Vaccination in Bombay 1902-1912 - 1902-1912
Year: 1902
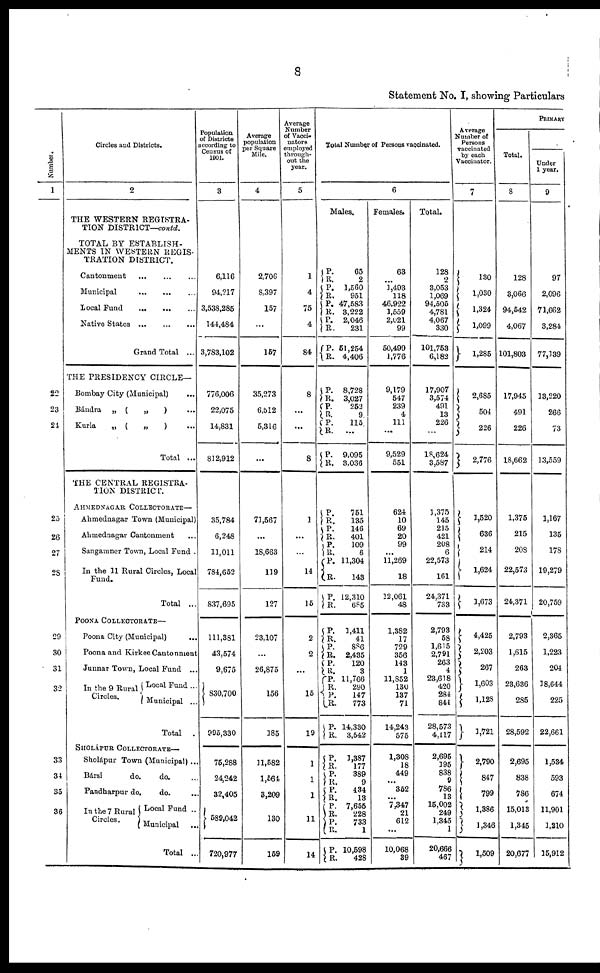
8
Statement No. I, showing Particulars
Number.
1
22
23
24
25
26
27
28
29
30
31
32
33
34
35
36
Circles and Districts.
2
THE WESTERN REGISTRA-
TION DISTRICT—contd.
TOTAL BY ESTABLISH-
MENTS IN WESTERN REGIS-
TRATION DISTRICT.
Cantonment
... ... ...
Municipal
...
...
...
Local Fund
...
...
...
Native
States...
...
...
Grand Total ...
THE PRESIDENCY CIRCLE—
Bombay City (Municipal)
...
Bándra „ (
„
) ...
Kurla
„ (
„
) ...
Total ...
THE CENTRAL REGISTRA-
TION DISTRICT.
AHMEDNAGAR COLLECTORATE—
Ahmednagar Town (Municipal)
Ahmednagar Cantonment ...
Sangamner Town, Local Fund .
In the 11 Rural Circles, Local
Fund.
Total ...
POONA COLLECTORATE—
Poona City (Municipal) ...
Poona and Kirkee Cantonment
Junnar Town, Local Fund ...
In the 9 Rural
Circles.
Local Fund ...
Municipal ...
Total .
SHOLÁPUR COLLECTORATE—
Sholápur Town (Municipal) ...
Bársi
do.
do. ...
Pandharpur do,
do. ...
In the 7 Rural
Circles.
Local Fund ...
Municipal ...
Total ...
Population
of Districts
according to
Census of
1901.
3
6,116
94,217
3,538,285
144,484
3,783,102
776,006
22,075
14,831
812,912
35,784
6,248
11,011
784,652
837,695
111,381
43,574
9,675
830,700
995,330
75,288
24,242
32,405
589,042
720,977
Average
population
per Square
Mile.
4
2,706
8,397
157
...
157
35,273
6,512
5,316
...
71,567
...
18,663
119
127
23,107
...
26,875
156
185
11,582
1,564
3,209
130
159
Average
Number
of Vacci¬
nators
employed
through-
out the
year.
5
1
4
75
4
84
8
...
...
8
1
...
...
14
15
2
2
...
15
19
1
1
1
111
14
Total Number of Persons vaccinated.
6
Males.
P. R.
P.
R.
P.
R.
P.
R.
P.
R.
65
2
1,560
951
47,583
3,222
2,046
231
51,254
4,406
P.
R.
P.
R.
P.
R.
P.
R.
8,728
3,027
252
9
115
...
9,095
3,036
P. R.
P.
R.
P.
R.
P. R.
P.
R.
751
135
146
401
109
6
11,304
143
12,310
685
P.
R. P.
R. P.
R.
P. R.
P.
R.
P.
R.
1,411
41
886
2,435
120
3
11,766
290
147
773
14,330
3,542
P.
R.
P.
R.
P.
R.
P.
R.
P.
R.
P.
R.
1,387
177
389
9
434
13
7,655
228
733
1
10,598
428
Females.
63
...
1,493
118
46,922
1,559
2,021
99
50,499
1,776
9,179
547
239
4
111
...
9,529
551
624
10
69
20
99
...
11,269
18
12,061
48
1,382
17
729
356
143
1
11,852
130
137
71
14,243
575
1,308
18
449
...
352
...
7,347
21
612
...
10,068
39
Total.
128
2
3,053
1,069
94,505
4,781
4,067
330
101,753
6,182
17,907
3,574
491
13
226
...
18,624
3,587
1,375
145
215
421
208
6
22,573
161
24,371
733
2,793
58
1,615
2,791
263
4
23,618
420
284
844
28,573
4,117
2,695
195
838
9
786
13
15,002
249
1,345
1
20,666
467
Average
Number of
Persons
vaccinated
by each
Vaccinator.
7
130
1,030
1,324
1,099
1,285
2,685
504
226
2,776
1,520
636
214
1,624
1,673
4,425
2,203
267
1,603
1,128
1,721
2,790
847
799
1,386
1,346
1,509
PRIMARY
Total.
8
128
3,066
94,542
4,067
101,803
17,945
491
226
18,662
1,375
215
208
22,573
24,371
2,793
1,615
263
23,636
285
28,592
2,695
838
786
15,013
1,345
20,677
Under
1 year.
9
97
2,096
71,662
3,284
77,139
13,220
266
73
13,559
1,167
135
178
19,279
20,759
2,365
1,223
204
18,644
225
22,661
1,534
593
674
11,901
1,210
15,912